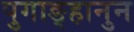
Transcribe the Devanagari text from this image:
पुगाङ्हानुन